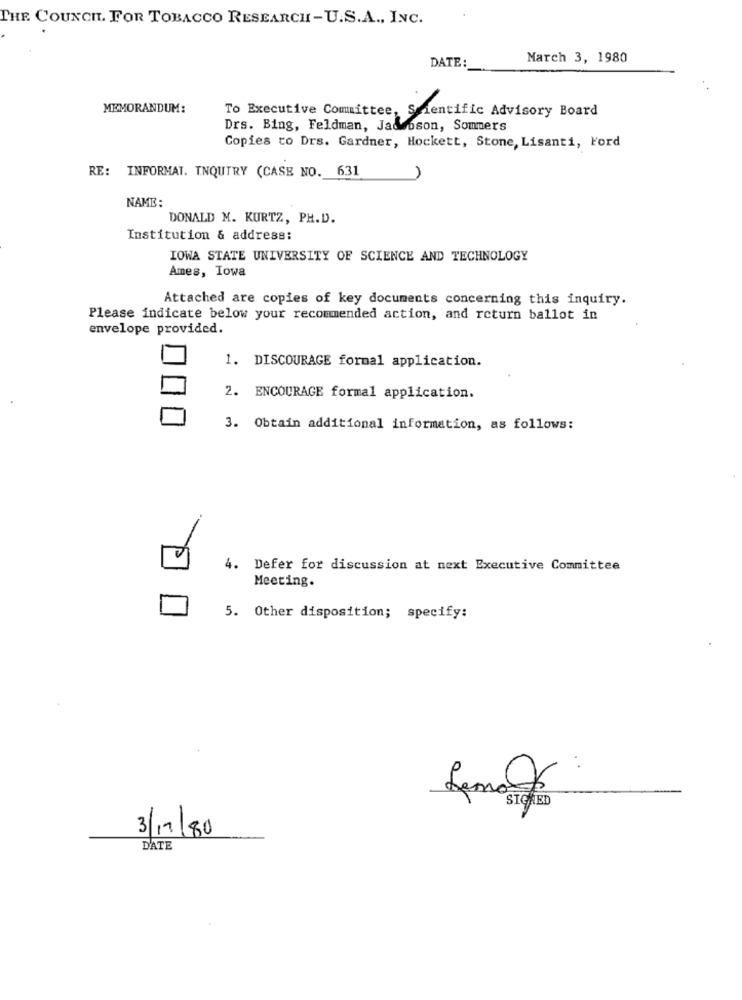
THE COUNCIL FOR TOBACCO RESEARCH-U.S.A ., INC.
DATE:
March 3, 1980
MEMORANDUM:
To Executive Committee, Scientific Advisory Board
Drs. Bing, Feldman, Jadoson, Sommers
Copies to Drs. Gardner, Hockett, Stone, Lisanti, Ford
RE: INFORMAT. INQUTRY (CASE NO. 631
1
NAME :
DONALD M. KURTZ, PH.D.
Institution & address:
IOWA STATE UNIVERSITY OF SCIENCE AND TECHNOLOGY
Ames, Iowa
Attached are copies of key documents concerning this inquiry.
Please indicate below your recommended action, and return ballot in
envelope provided.
1. DISCOURAGE formal application.
2. ENCOURAGE formal application.
3. Obtain additional information, as follows:
4. Defer for discussion at next Executive Committee
Meeting.
5. Other disposition; specify:
SIGNED
3/11/80
DATE